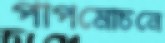
পাপমোচনে